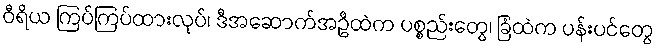
ဝီရိယ ကြပ်ကြပ်ထားလုပ်၊ ဒီအဆောက်အဦထဲက ပစ္စည်းတွေ၊ ခြံထဲက ပန်းပင်တွေ